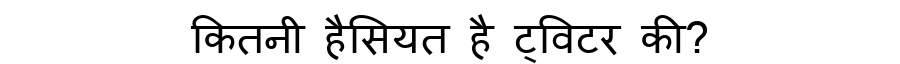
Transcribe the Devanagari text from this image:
कितनी हैसियत है ट्विटर की?